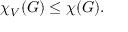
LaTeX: \chi _ { V } ( G ) \leq \chi ( G ) .